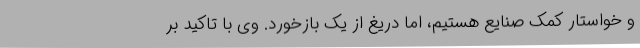
و خواستار کمک صنایع هستیم، اما دریغ از یک بازخورد. وی با تاکید بر